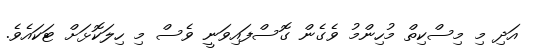
އަދި މި މިސްކިތް މުހިންމު ވެގެން ގޮސްފައިވަނީ ވެސް މި ހިލަކޮޅަށް ޓަކައެވެ.